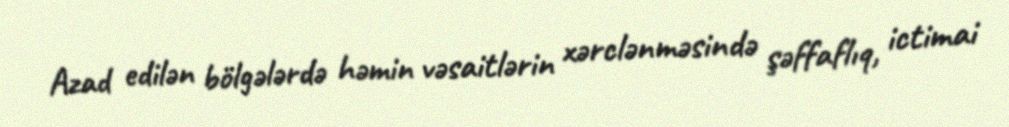
Azad edilən bölgələrdə həmin vəsaitlərin xərclənməsində şəffaflıq, ictimai